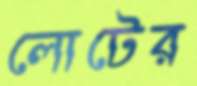
লোটের